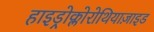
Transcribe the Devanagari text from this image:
हाइड्रोक्लोरोथियाज़ाइड